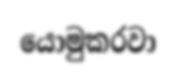
යොමුකරවා